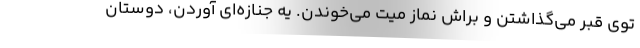
توي قبر مي‌گذاشتن و براش نماز ميت مي‌خوندن. يه جنازه‌اي آوردن، دوستان